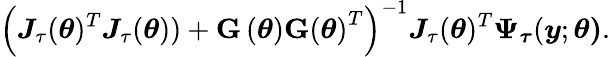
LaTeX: \left(\boldsymbol{J}_{\tau}(\boldsymbol{\theta})^{T}\boldsymbol{J}_{\tau}(\boldsymbol{\theta}))+\mathbf{G}\left(\boldsymbol{\theta}\right)\mathbf{G}\left(\boldsymbol{\theta}\right)^{T}\right)^{-1}\boldsymbol{J}_{\tau}(\boldsymbol{\theta})^{T}\boldsymbol{\Psi}_{\boldsymbol{\tau}}(\boldsymbol{y};\boldsymbol{\theta)}.